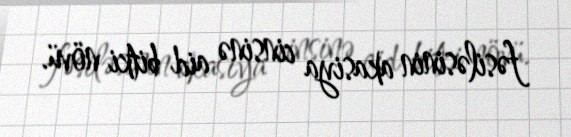
fəsiləsinin akasiya cinsinə aid bitki növü.